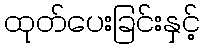
ထုတ်ပေးခြင်းနှင့်